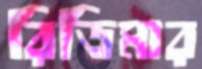
রিডিমার